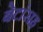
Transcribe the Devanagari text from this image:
बेटांसह